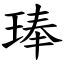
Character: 琫